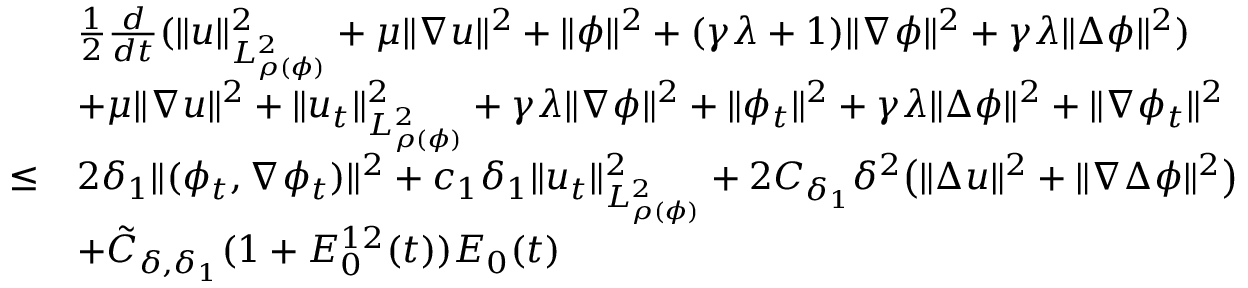
\begin{array} { r l } & { \frac { 1 } { 2 } \frac { d } { d t } ( \| u \| _ { L _ { \rho ( \phi ) } ^ { 2 } } ^ { 2 } + \mu \| \nabla u \| ^ { 2 } + \| \phi \| ^ { 2 } + ( \gamma \lambda + 1 ) \| \nabla \phi \| ^ { 2 } + \gamma \lambda \| \Delta \phi \| ^ { 2 } ) } \\ & { + \mu \| \nabla u \| ^ { 2 } + \| u _ { t } \| _ { L _ { \rho ( \phi ) } ^ { 2 } } ^ { 2 } + \gamma \lambda \| \nabla \phi \| ^ { 2 } + \| \phi _ { t } \| ^ { 2 } + \gamma \lambda \| \Delta \phi \| ^ { 2 } + \| \nabla \phi _ { t } \| ^ { 2 } } \\ { \leq } & { 2 \delta _ { 1 } \| ( \phi _ { t } , \nabla \phi _ { t } ) \| ^ { 2 } + c _ { 1 } \delta _ { 1 } \| u _ { t } \| _ { L _ { \rho ( \phi ) } ^ { 2 } } ^ { 2 } + 2 C _ { \delta _ { 1 } } \delta ^ { 2 } \big ( \| \Delta u \| ^ { 2 } + \| \nabla \Delta \phi \| ^ { 2 } \big ) } \\ & { + \tilde { C } _ { \delta , \delta _ { 1 } } ( 1 + E _ { 0 } ^ { 1 2 } ( t ) ) E _ { 0 } ( t ) } \end{array}